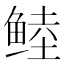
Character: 𱇶